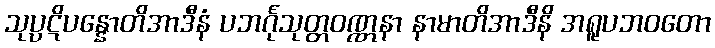
သုပ္ပဋိပန္နောတိအာဒီနံ ပဘင်္ဂုသုတ္တဝဏ္ဏနာ နာမာတိအာဒီနိ အရူပဘဝတော